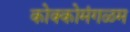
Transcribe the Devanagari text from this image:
कोक्कोमंगळम